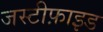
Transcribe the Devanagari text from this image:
जस्टीफ़ाइड